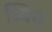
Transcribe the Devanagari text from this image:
ब्यिय